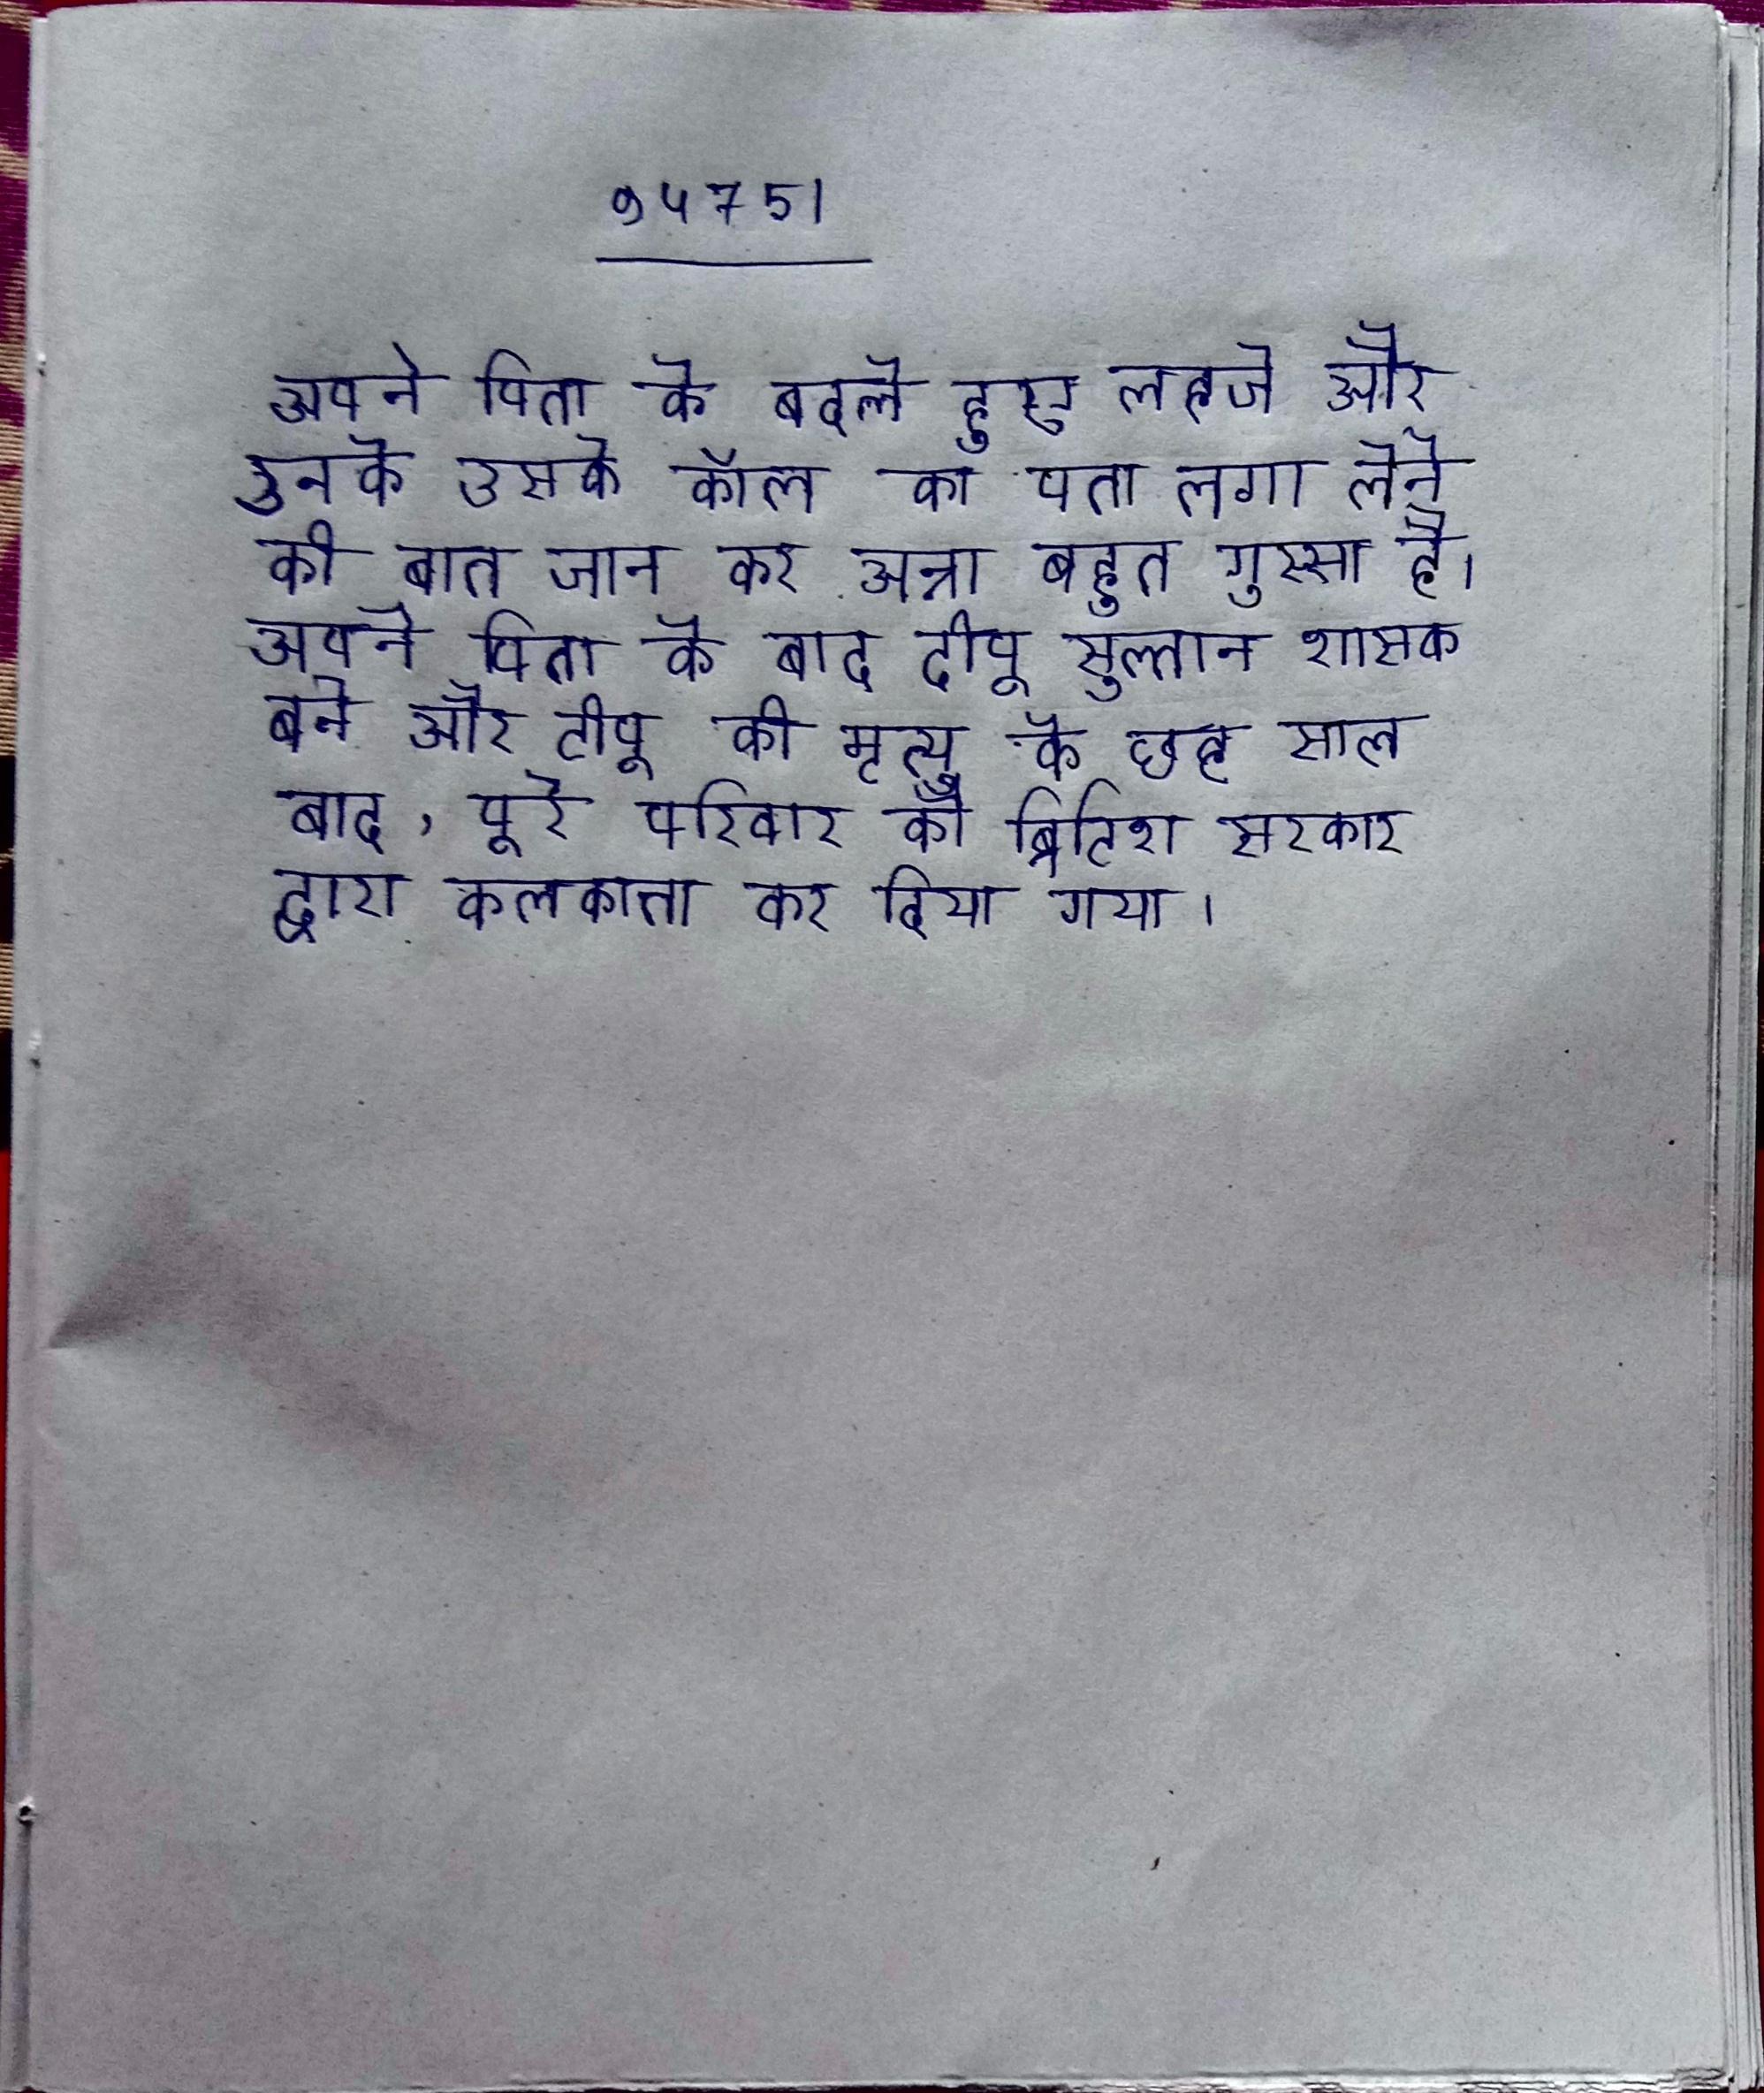
अपने पिता के बदले हुए लहजे और उनके उसके कॉल का पता लगा लेने की बात जान कर अन्ना बहुत गुस्सा है । अपने पिता के बाद टीपू सुल्तान शासक बने और टीपू की मृत्यु के छह साल बाद, पूरे परिवार को ब्रिटिश सरकार द्वारा कलकत्ता कर दिया गया ।